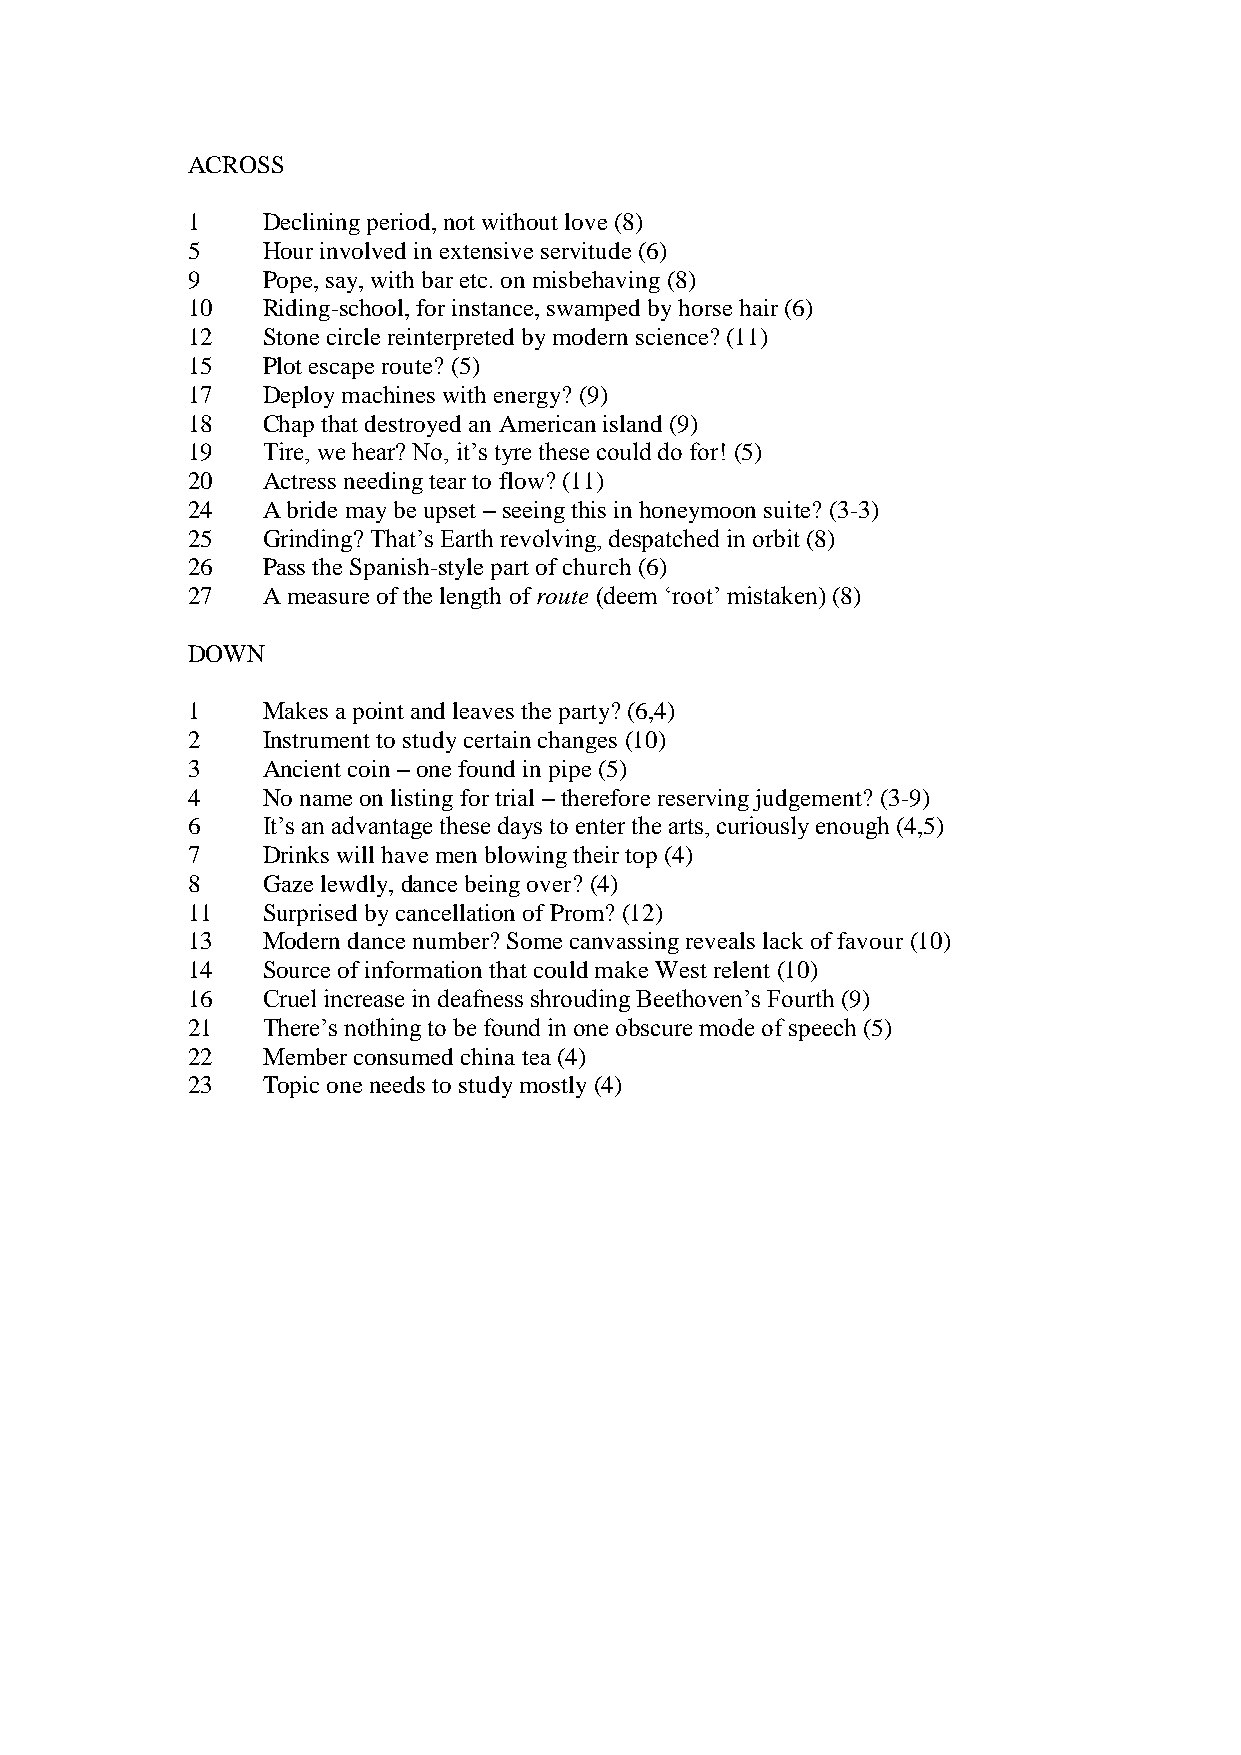
ACROSS
 1    Declining period, not without love (8)
 5    Hour involved in extensive servitude (6)
 9    Pope, say, with bar etc. on misbehaving (8)
 10   Riding-school, for instance, swamped by horse hair (6)
 12   Stone circle reinterpreted by modern science? (11)
 15   Plot escape route? (5)
 17   Deploy machines with energy? (9)
 18   Chap that destroyed an American island (9)
 19   Tire, we hear? No, it’s tyre these could do for! (5)
 20   Actress needing tear to flow? (11)
 24   A bride may be upset – seeing this in honeymoon suite? (3-3)
 25   Grinding? That’s Earth revolving, despatched in orbit (8)
 26   Pass the Spanish-style part of church (6)
 27   A measure of the length of route (deem ‘root’ mistaken) (8)
 DOWN
 1    Makes a point and leaves the party? (6,4)
 2    Instrument to study certain changes (10)
 3    Ancient coin – one found in pipe (5)
 4    No name on listing for trial – therefore reserving judgement? (3-9)
 6    It’s an advantage these days to enter the arts, curiously enough (4,5)
 7    Drinks will have men blowing their top (4)
 8    Gaze lewdly, dance being over? (4)
 11   Surprised by cancellation of Prom? (12)
 13   Modern dance number? Some canvassing reveals lack of favour (10)
 14   Source of information that could make West relent (10)
 16   Cruel increase in deafness shrouding Beethoven’s Fourth (9)
 21   There’s nothing to be found in one obscure mode of speech (5)
 22   Member consumed china tea (4)
 23   Topic one needs to study mostly (4)